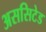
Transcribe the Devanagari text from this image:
अससिटेड